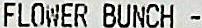
FLOWER BUNCH -